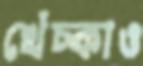
খেঁচ্‌কাও